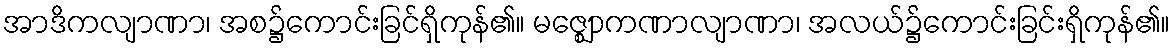
အာဒိကလျာဏာ၊ အစ၌ကောင်းခြင်ရှိကုန်၏။ မဇ္ဈောကဏာလျာဏာ၊ အလယ်၌ကောင်းခြင်းရှိကုန်၏။